Problem: 19 + 25 = ?
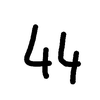
Handwritten answer: 44